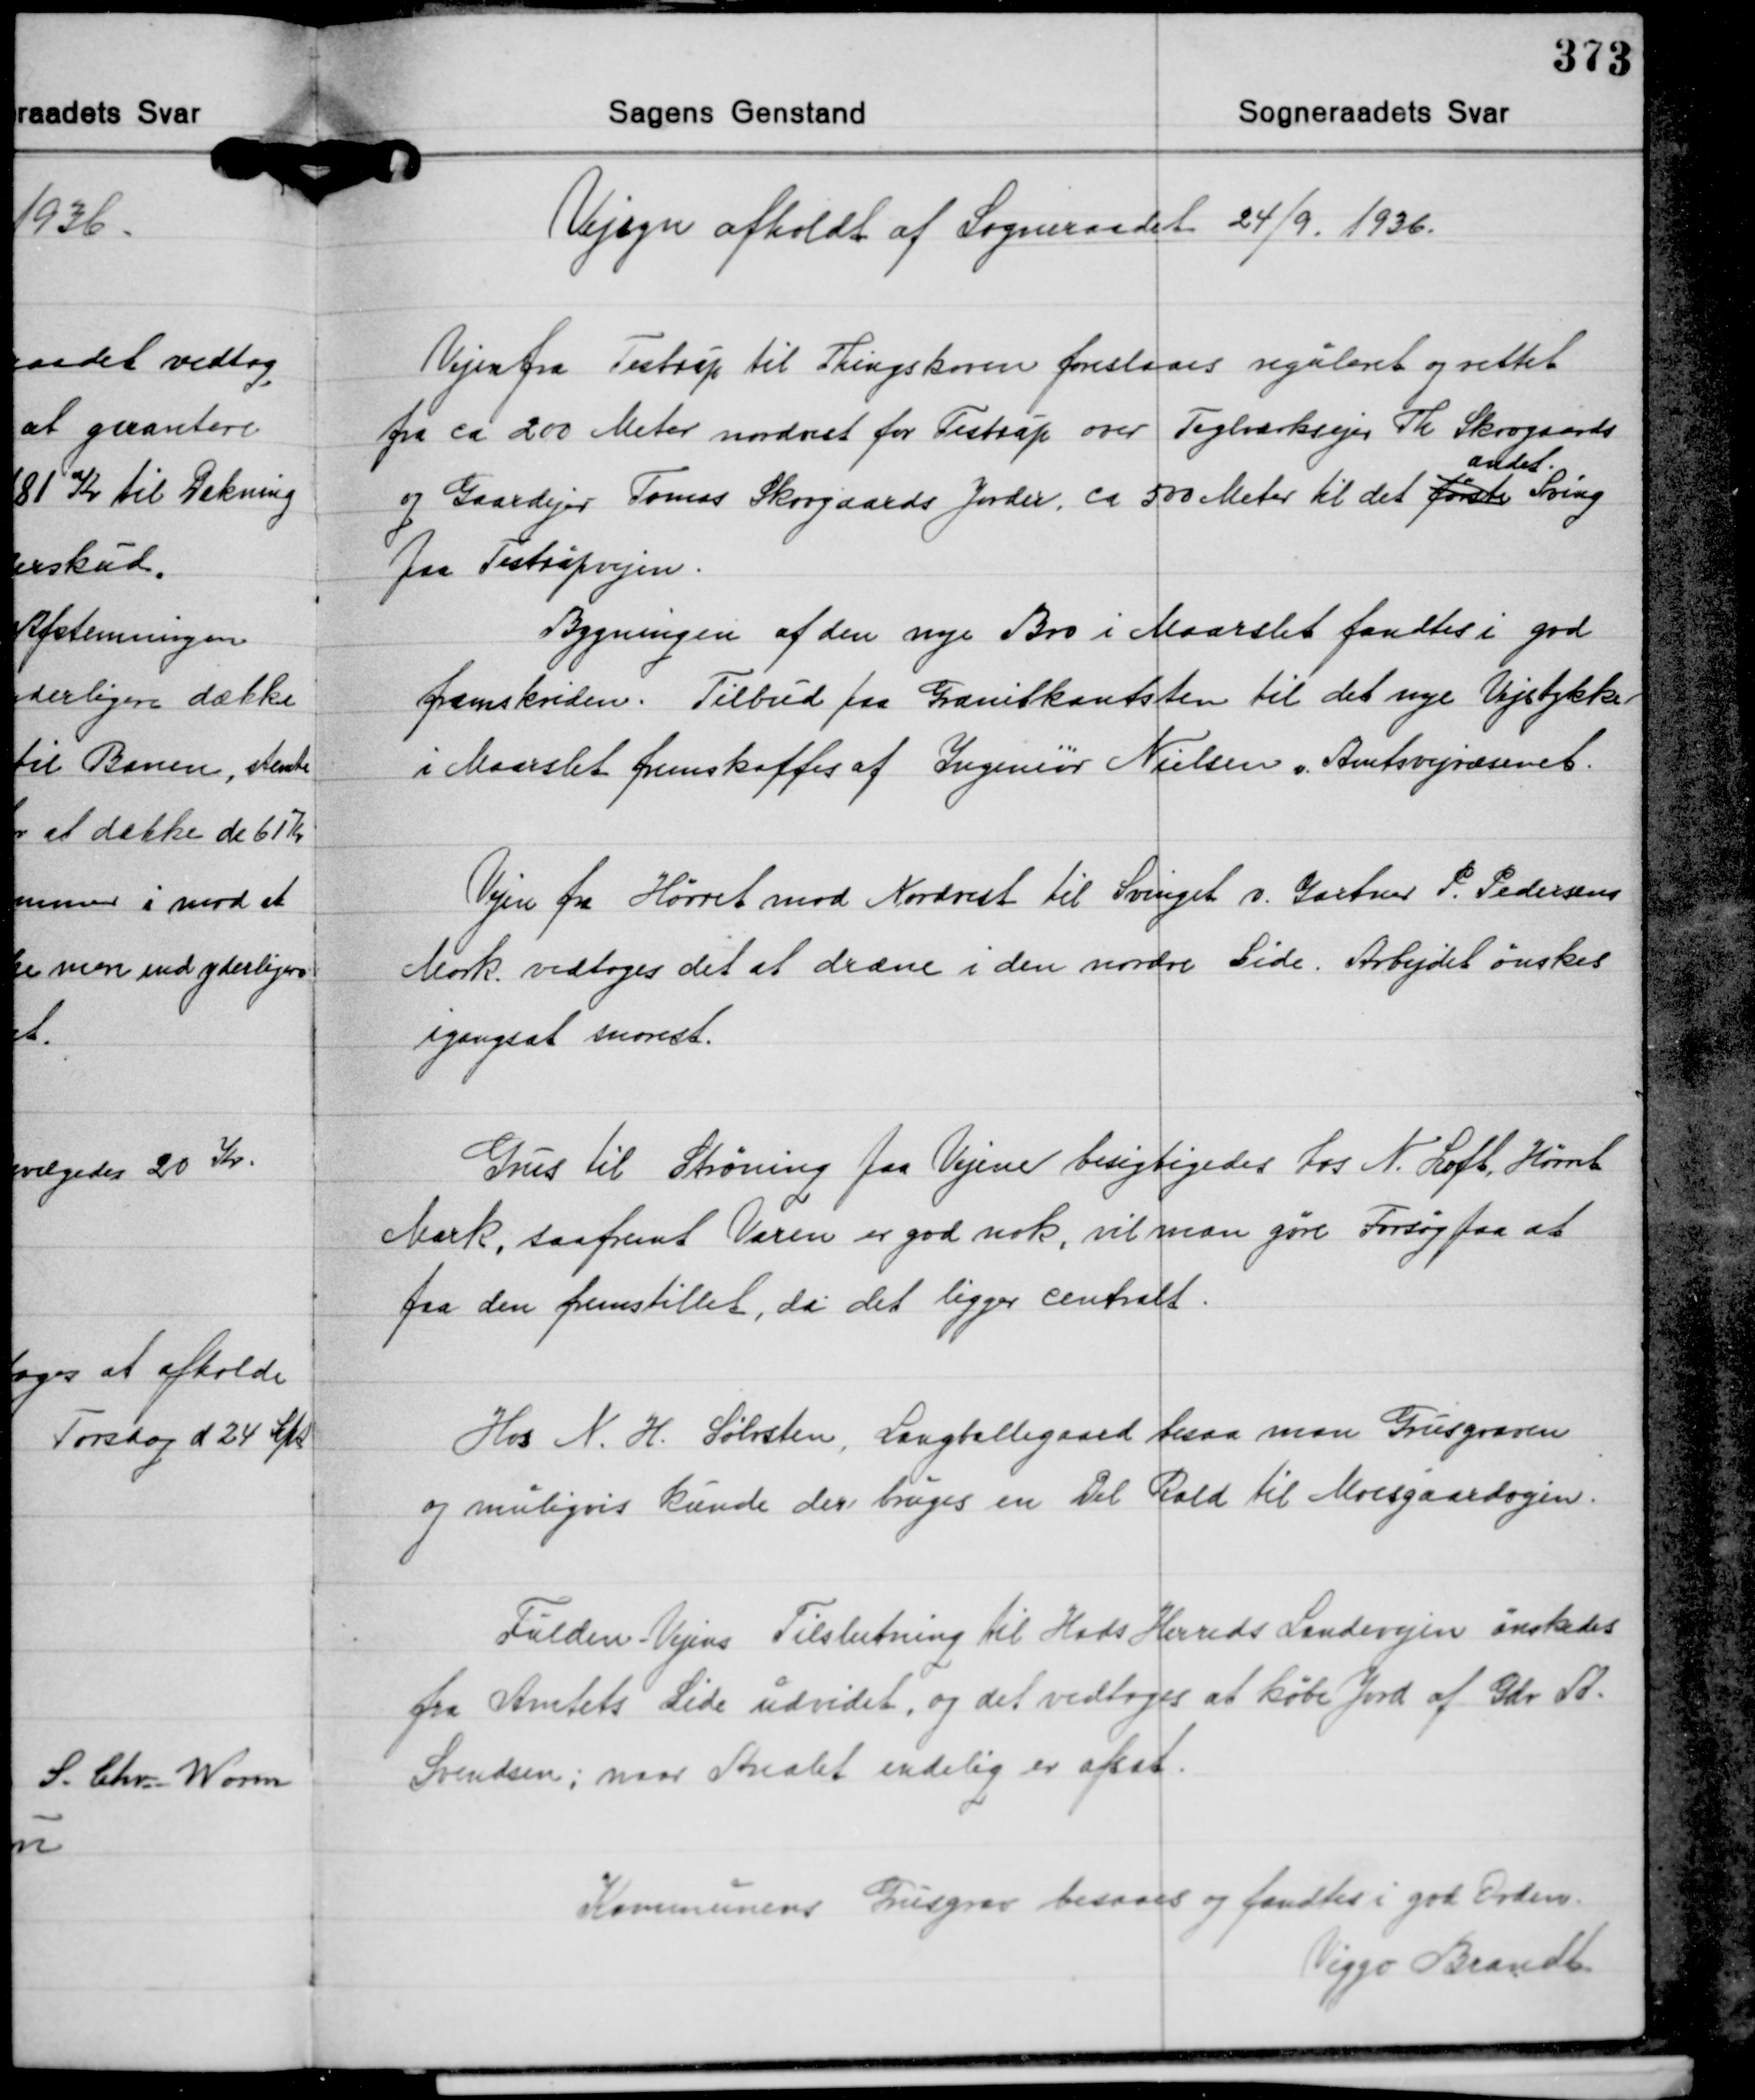
Transskription:
Vejsyn afholdt af Sogneraadet 24/9 1936.

Vejen fra Testrup til Thingskoven foreslaaes reguleret og rettet
fra ca 200 Meter nordvest for Testrup over Teglværksvejen Th. Skrvgaards
andet.
og Gaardejer Tomas Skovgaards Jorder, ca 500 Meter til det første Sving
paa Testrupvejen.
Bygningen af den nye Bro i Maarslet fandtes i god
fremskriden. Tilbud paa Granitkantsten til det nye Vejstykke
i Maarslet fremskaffes af Ingeniør Nielsen Amtsvejvæsenet.

Vejen fra Hørret mod Nordvest til Svinget v. Gartner P. Pedersens
Mark vedtoges det at dræne i den nordre Side. Arbejdet ønskes
igengsat snarest.

Grus til Strøning paa Vejene besigtigedes hos N. Loft, Hørret
Mark, saafremt Varen er god nok, vil man gøre Forsøg paa at
faa den fremstillet, da det ligger centralt.

Hos N. H. Sølvsten, Langballegaard besaa man Grusgraven
og muligvis kunde der bruges en Del Rald til Moesgaardvejen.

Fulden Vejens Tilslutning til Hads Herreds Landevejen ønskedes
fra Amtets Side udvidet, og det vedtoges at købe Jord af Gdr. A.
Svendsen; naar Aralet endelig er afsat.

Kommunens Grusgrav besaaes og fandtes i god Orden
Viggo Brandt